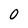
Character: 0